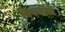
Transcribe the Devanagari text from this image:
विपर्यासों